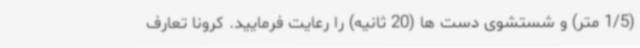
(1/5 متر) و شستشوی دست ها (20 ثانیه) را رعایت فرمایید. کرونا تعارف